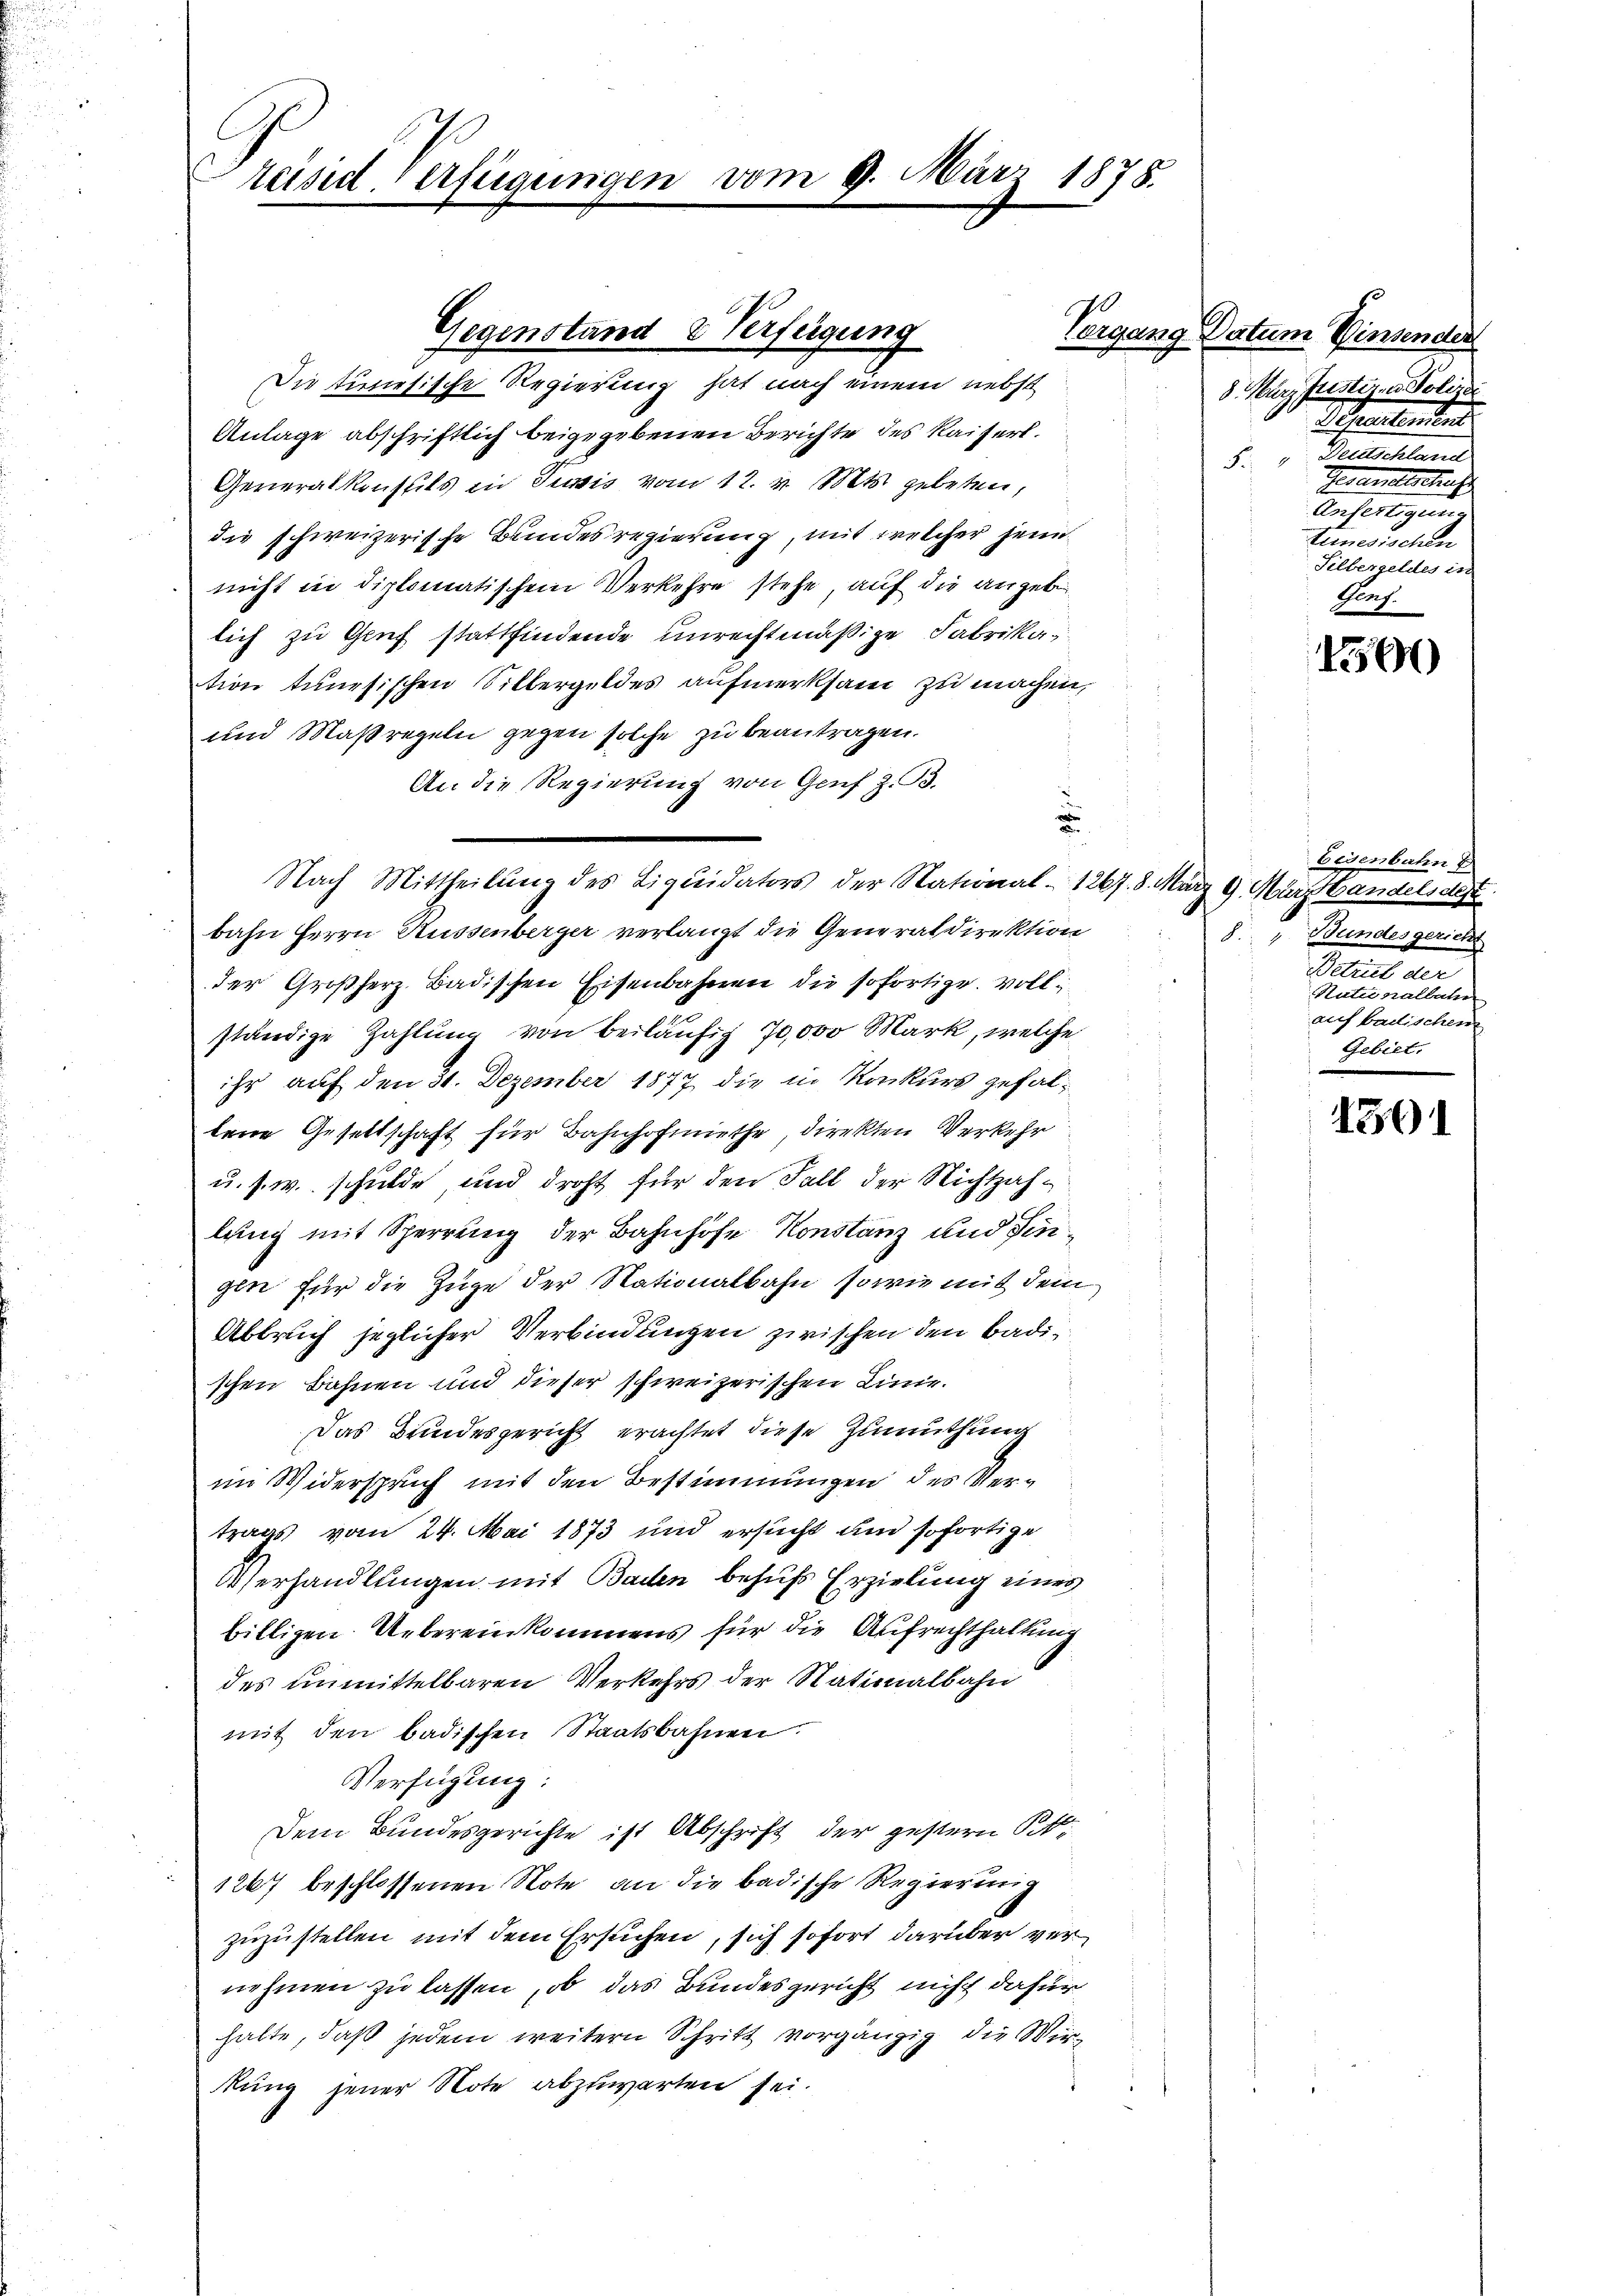
räsid. Verfügungen vom 9. März 1878.

Die tunesische Regierung hat nach einem nebst
Anlage abschriftlich beigegebenen Berichte des Kaiserl.
Generalkonseils in Tunis vom 12. v. Mts. gebeten,
die schweizerische Bundesregierung, mit welcher jene
nicht in diplomatischem Verkehre stehe, auf die angebelich zu Gruf stattfindende unrechtmäßige Fabrikation tunesischen Silbergeldes aufmerksam zu machen,
und Maßregeln gegen solche zu beantragen.
An die Regierung von Genf z. B.
u
Nach Mittheilung des Liquidators der National-1267. 8. März 9. Marthandelsde
bahn Herrn Russenberger verlangt die Generaldirektion
der Großherz. Badischen Eisenbahnen die sofortige. Vollständige Zahlung von beiläufig 70,000 Mark, welche
ihr auf den 31. Dezember 1877 die in Konkurs gefaltene Gesettschaft für Bahnhofmiethe, direkten Verkehr
u. s. w. schulde, und droht für den Fall der Nichtzahlung mit Sperrung der Bahnhöfe Konstanz und Hingen für die Zuge der Nationalbahn, sowie mit dem
Abbruch jeglicher Verbindungen zwischen den Badischen Bahnen und dieser schweizerischen Linie.
Das Bundesgericht erachtet diese Zumuthung
im Widerspruch mit den Bestimmungen des Vertrags vom 24. Mai 1873 und ersucht um sofortige
Oserhandlungen mit Baden behufs Erzielung eines
billigen Uebereinkommens für die Aufrechthaltung
des unmittelbaren Verkehrs der Stationalbahn
mit den badischen Staatsbahnen.
Verfügung:
Dem Bundesgerichte ist Abschrift der gestern Pitt.
1267 beschlossenen Note an die badische Regierung
zuzustellen mit dem Ersuchen, sich sofort darüber vernehmen zu lassen, ob das Bundesgericht nicht dafür
halte, daß jedem weitern Schritt vorgängig die Wirkung jener Note abzuwarten sei.

70
Gegenstand 2 Verfügung

zorgang Datum Winsenden
8. März fustiz, u. Polizei
Schnetenten
8. v. Deutschland
Germatschaf
Anfertigun
Keinesischen
Silbergeldes in
Pruf.

1500

Eisenbahn &
8. " Bundesgericht
Betriel der
g
Niemaltene
auf badischen
Gebiet.

1301